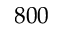
8 0 0